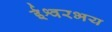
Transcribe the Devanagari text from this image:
ईश्वरभय